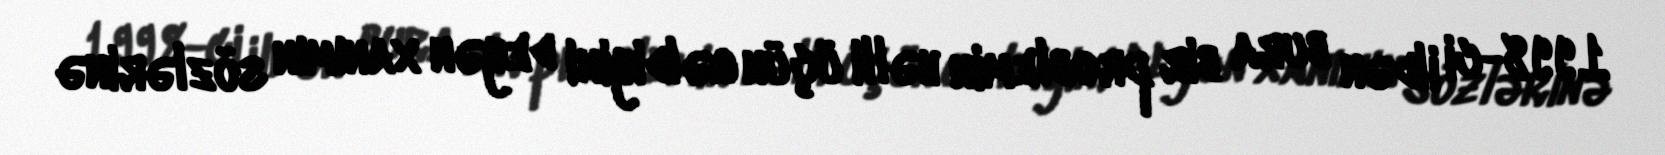
1998-ci ildən bura bir problemin həlli üçün gəldiyini deyən xanımın sözlərinə